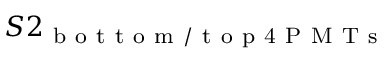
S 2 _ { \mathrm { ~ b ~ o ~ t ~ t ~ o ~ m ~ / ~ t ~ o ~ p ~ 4 ~ P ~ M ~ T ~ s ~ } }